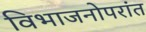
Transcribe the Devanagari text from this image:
विभाजनोपरांत